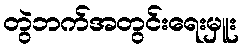
တွဲဘက်အတွင်းရေးမှူး